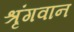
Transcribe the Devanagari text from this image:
श्रृंगवान